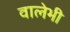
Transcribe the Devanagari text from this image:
वालेभी